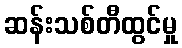
ဆန်းသစ်တီထွင်မှု